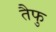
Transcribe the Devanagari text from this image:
तैफु